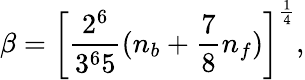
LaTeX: \beta=\left[{\frac{2^{6}}{3^{6}5}}(n_{b}+{\frac{7}{8}}n_{f})\right]^{\frac{1}{4}},